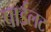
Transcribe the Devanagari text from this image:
पाईलट